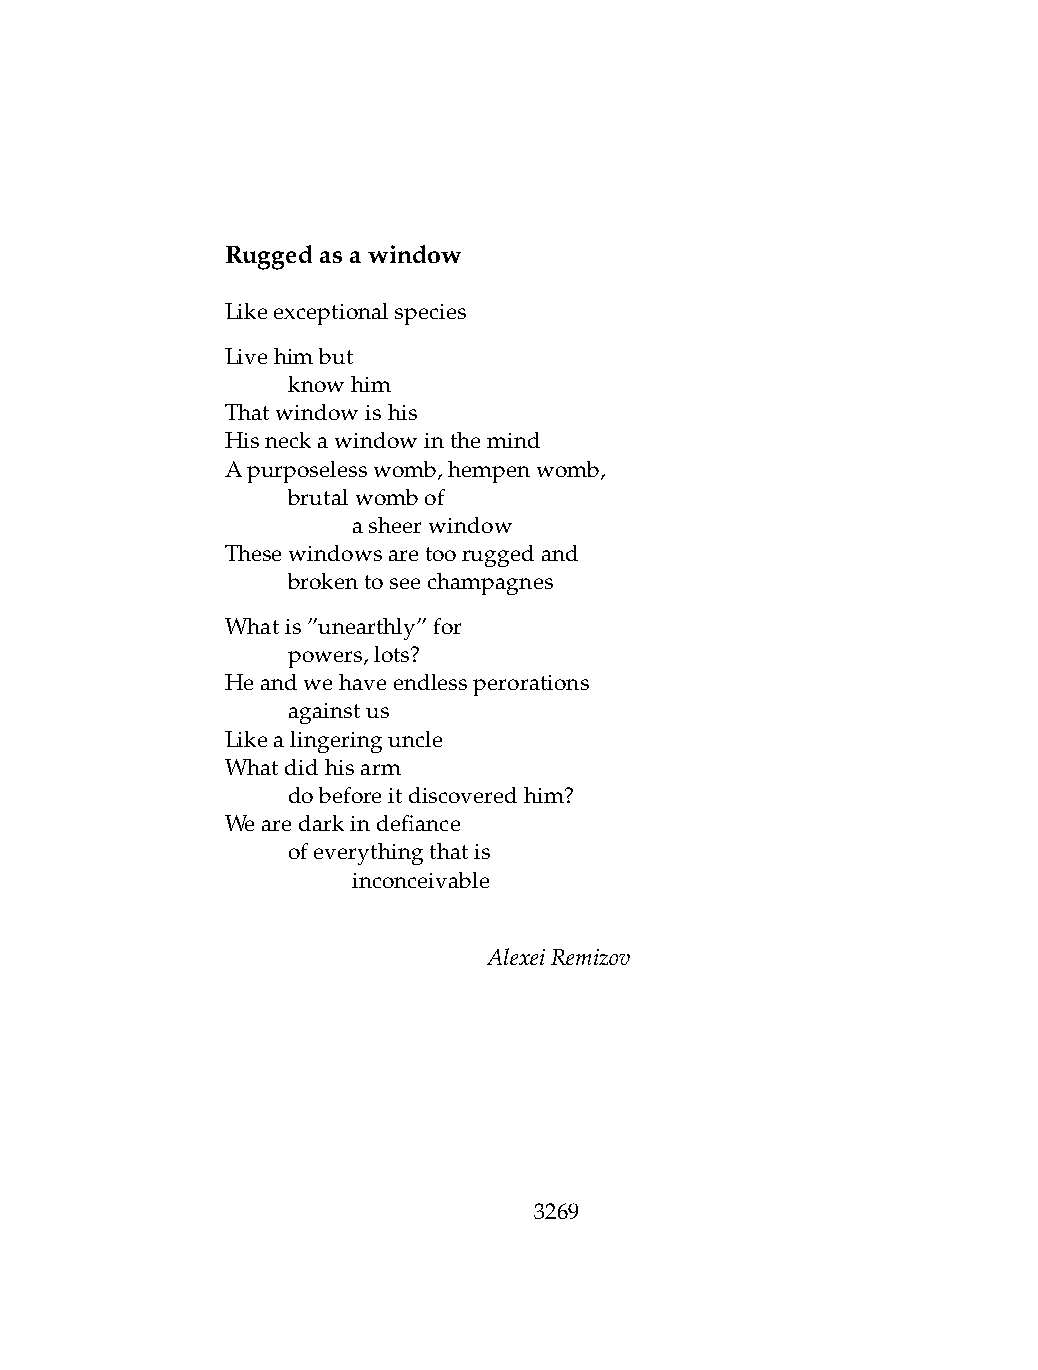
Ruggedasawindow
 Likeexceptionalspecies
 Livehimbut
 .   knowhim
 Thatwindowishis
 Hisneckawindowinthemind
 Apurposelesswomb,hempenwomb,
 .   brutalwombof
 .   .   asheerwindow
 Thesewindowsaretooruggedand
 .   brokentoseechampagnes
 Whatis”unearthly”for
 .   powers,lots?
 Heandwehaveendlessperorations
 .   againstus
 Likealingeringuncle
 Whatdidhisarm
 .   dobeforeitdiscoveredhim?
 Wearedarkindefiance
 .   ofeverythingthatis
 .   .   inconceivable
 AlexeiRemizov
 3269